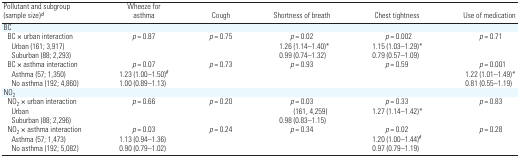
<table><thead><tr><td><b>Pollutant and subgroup (sample size)d</b></td><td><b>Wheeze for asthma</b></td><td><b>Cough</b></td><td><b>Shortness of breath</b></td><td><b>Chest tightness</b></td><td><b>Use of medication</b></td></tr></thead><tbody><tr><td colspan="6">BC</td></tr><tr><td> BC × urban interaction</td><td><i>p</i> = 0.87</td><td><i>p</i> = 0.75</td><td><i>p</i> = 0.02</td><td><i>p</i> = 0.002</td><td><i>p</i> = 0.71</td></tr><tr><td>Urban (161; 3,917)</td><td></td><td></td><td>1.26 (1.14–1.40)*</td><td>1.15 (1.03–1.29)*</td><td></td></tr><tr><td>Suburban (88; 2,293)</td><td></td><td></td><td>0.99 (0.74–1.32)</td><td>0.79 (0.57–1.09)</td><td></td></tr><tr><td> BC × asthma interaction</td><td><i>p</i> = 0.07</td><td><i>p</i> = 0.73</td><td><i>p</i> = 0.93</td><td><i>p</i> = 0.59</td><td><i>p</i> = 0.001</td></tr><tr><td>Asthma (57; 1,350)</td><td>1.23 (1.00–1.50)#</td><td></td><td></td><td></td><td>1.22 (1.01–1.49)*</td></tr><tr><td>No asthma (192; 4,860)</td><td>1.00 (0.89–1.13)</td><td></td><td></td><td></td><td>0.81 (0.55–1.19)</td></tr><tr><td colspan="6">NO<sub>2</sub></td></tr><tr><td> NO<sub>2</sub> × urban interaction</td><td><i>p</i> = 0.66</td><td><i>p</i> = 0.20</td><td><i>p</i> = 0.03</td><td><i>p</i> = 0.33</td><td><i>p</i> = 0.83</td></tr><tr><td>Urban</td><td></td><td></td><td>(161, 4,259)</td><td>1.27 (1.14–1.42)*</td><td></td></tr><tr><td>Suburban (88; 2,296)</td><td></td><td></td><td>0.98 (0.83–1.15)</td><td></td><td></td></tr><tr><td> NO<sub>2</sub> × asthma interaction</td><td><i>p</i> = 0.03</td><td><i>p</i> = 0.24</td><td><i>p</i> = 0.34</td><td><i>p</i> = 0.02</td><td><i>p</i> = 0.28</td></tr><tr><td>Asthma (57; 1,473)</td><td>1.13 (0.94–1.36)</td><td></td><td></td><td>1.20 (1.00–1.44)#</td><td></td></tr><tr><td>No asthma (192; 5,082)</td><td>0.90 (0.79–1.02)</td><td></td><td></td><td>0.97 (0.79–1.19)</td><td></td></tr></tbody></table>